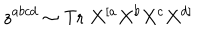
z ^ { a b c d } \sim \mathrm { T r } \; X ^ { [ a } X ^ { b } X ^ { c } X ^ { d ] }